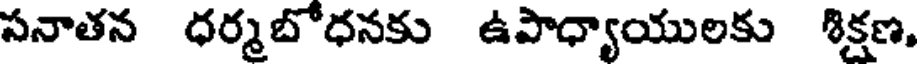
సనాతన ధర్మబోధనకు ఉపాధ్యాయులకు శిక్షణ,